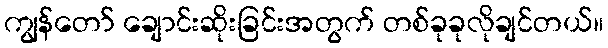
ကျွန်တော် ချောင်းဆိုးခြင်းအတွက် တစ်ခုခုလိုချင်တယ်။